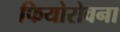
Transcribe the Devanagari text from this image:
फियोरोवना